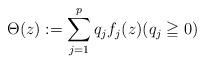
LaTeX: \begin{align*}\Theta(z):= \sum_{j=1}^{p} q_{j} f_{j}(z) (q_{j} \geqq 0)\end{align*}